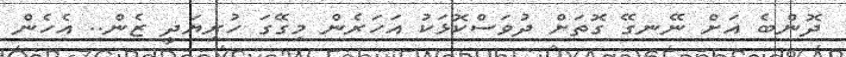
ދޮންބެ އަށް ނޭނގޭ ގޮތަށް ދުވަސްކޮޅަކު އަހަރެން މިގޭގަ ހުރިޔަދީ ޒެން.. އެހެން